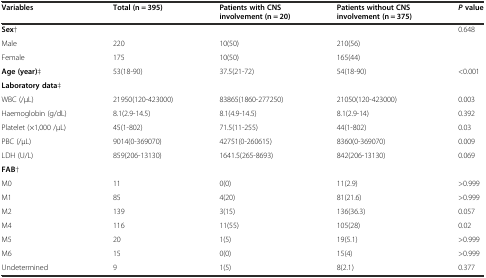
<table><thead><tr><td><b>Variables</b></td><td><b>Total (n = 395)</b></td><td><b>Patients with CNS involvement (n = 20)</b></td><td><b>Patients without CNS involvement (n = 375)</b></td><td><b><i>P</i>value</b></td></tr></thead><tbody><tr><td><b>Sex</b>†</td><td></td><td></td><td></td><td>0.648</td></tr><tr><td>Male</td><td>220</td><td>10(50)</td><td>210(56)</td><td></td></tr><tr><td>Female</td><td>175</td><td>10(50)</td><td>165(44)</td><td></td></tr><tr><td><b>Age (year)</b>‡</td><td>53(18-90)</td><td>37.5(21-72)</td><td>54(18-90)</td><td>&lt;0.001</td></tr><tr><td><b>Laboratory data</b>‡</td><td></td><td></td><td></td><td></td></tr><tr><td>WBC (/μL)</td><td>21950(120-423000)</td><td>83865(1860-277250)</td><td>21050(120-423000)</td><td>0.003</td></tr><tr><td>Haemoglobin (g/dL)</td><td>8.1(2.9-14.5)</td><td>8.1(4.9-14.5)</td><td>8.1(2.9-14)</td><td>0.392</td></tr><tr><td>Platelet (×1,000 /μL)</td><td>45(1-802)</td><td>71.5(11-255)</td><td>44(1-802)</td><td>0.03</td></tr><tr><td>PBC (/μL)</td><td>9014(0-369070)</td><td>42751(0-260615)</td><td>8360(0-369070)</td><td>0.009</td></tr><tr><td>LDH (U/L)</td><td>859(206-13130)</td><td>1641.5(265-8693)</td><td>842(206-13130)</td><td>0.069</td></tr><tr><td><b>FAB</b>†</td><td></td><td></td><td></td><td></td></tr><tr><td>M0</td><td>11</td><td>0(0)</td><td>11(2.9)</td><td>&gt;0.999</td></tr><tr><td>M1</td><td>85</td><td>4(20)</td><td>81(21.6)</td><td>&gt;0.999</td></tr><tr><td>M2</td><td>139</td><td>3(15)</td><td>136(36.3)</td><td>0.057</td></tr><tr><td>M4</td><td>116</td><td>11(55)</td><td>105(28)</td><td>0.02</td></tr><tr><td>M5</td><td>20</td><td>1(5)</td><td>19(5.1)</td><td>&gt;0.999</td></tr><tr><td>M6</td><td>15</td><td>0(0)</td><td>15(4)</td><td>&gt;0.999</td></tr><tr><td>Undetermined</td><td>9</td><td>1(5)</td><td>8(2.1)</td><td>0.377</td></tr></tbody></table>